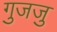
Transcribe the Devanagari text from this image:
गुजजु